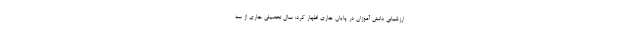
ارزشیابی دانش آموزان در پایان جاری اظهار کرد: سال تحصیلی جاری از سه